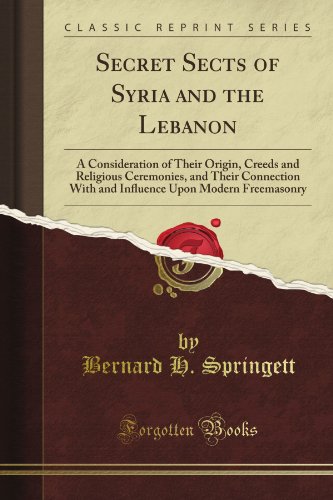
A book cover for Secret Sects of Syria and the Lebanon: A Consideration of Their Origin, Creeds and Religious Ceremonies, and Their Connection With and Influence Upon Modern Freemasonry (Classic Reprint); Bernard H. Springett; History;